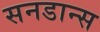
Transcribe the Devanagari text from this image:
सनडान्स